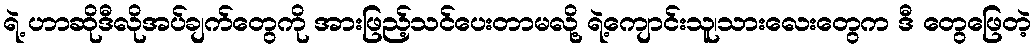
ရဲ့ ဟာဆိုဒီလိုအပ်ချက်တွေကို အားဖြည့်သင်ပေးတာမလို့ ရဲ့ကျောင်းသူ၊သားလေးတွေက ဒီ တွေဖြေတဲ့